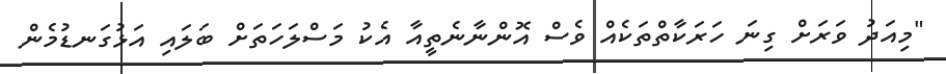
"މިއަދު ވަރަށް ގިނަ ހަރަކާތްތަކެއް ވެސް އޮންނާނެތީއާ އެކު މަސްލަހަތަށް ބަލައި އަޅުގަނޑުމެން